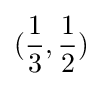
({\frac {1}{3}},{\frac {1}{2}})